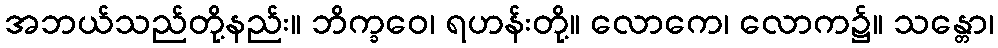
အဘယ်သည်တို့နည်း။ ဘိက္ခဝေ၊ ရဟန်းတို့။ လောကေ၊ လောက၌။ သန္တော၊